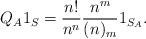
\begin{align*} Q_A 1_S = \frac{n!}{n^n} \frac{n^m}{(n)_m} 1_{S_A} . \end{align*}